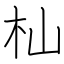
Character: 杣